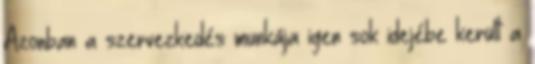
Azonban a szervezkedés munkája igen sok idejébe került a